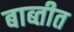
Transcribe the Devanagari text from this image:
बाब्तीत